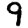
Digit: 9